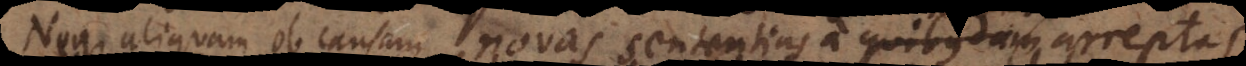
Neque aliquam ob causam novas sententias a talibus arreptas